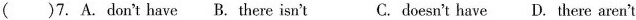
( )7. A.Don't have B. There isn't C. doesn't have D. There aren't